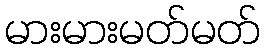
မားမားမတ်မတ်